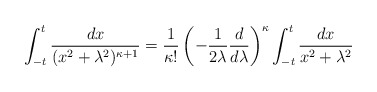
\begin{align*}\int_{-t}^t \frac{dx}{(x^2+\lambda^2)^{\kappa+1}} = \frac{1}{\kappa!}\left(-\frac{1}{2\lambda}\frac{d}{d\lambda}\right)^\kappa \int_{-t}^t\frac{dx}{x^2+\lambda^2}\end{align*}